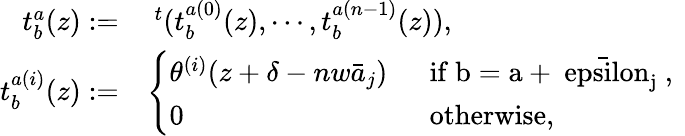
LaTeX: \begin{array}{rl}{{t_{b}^{a}(z):=}}&{{~^{t}(t_{b}^{a(0)}(z),\cdots,t_{b}^{a(n-1)}(z)),}}\\ {{t_{b}^{a(i)}(z):=}}&{{\left\{ \begin{array}{ll}{{\theta^{(i)}(z+\delta-nw\bar{a}_{j})~~}}&{{\mathrm{if~b=a+\bar{\ epsilon}_{j}~,~}}}\\ {{0~~}}&{{\mathrm{otherwise,}}}\end{array}\right.}}\end{array}